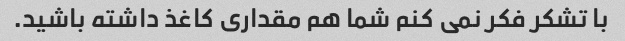
با تشکر فکر نمی کنم شما هم مقداری کاغذ داشته باشید.